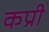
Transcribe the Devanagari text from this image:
कप्री